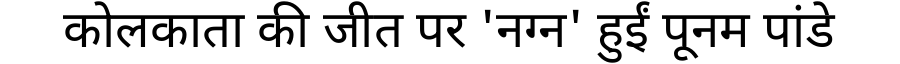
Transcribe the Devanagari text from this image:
कोलकाता की जीत पर 'नग्न' हुईं पूनम पांडे